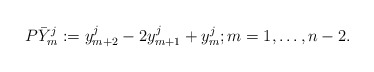
\begin{align*}P \bar{Y}^j_m := y_{m+2}^j -2 y_{m+1}^j +y_m^j ; m = 1, \ldots , n-2. \end{align*}